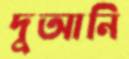
দুআনি